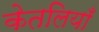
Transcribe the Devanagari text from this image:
केतलियाँ